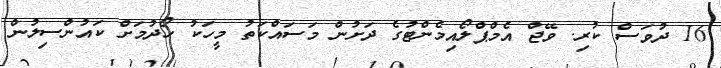
16 ދުވަސް ކުރި. ވޭޖް އެމްޕްލޯއިމެންޓުގެ ދަށުން މަސައްކަތު މީހަކު ހޯދުމަށް ކައުންސިލުން